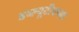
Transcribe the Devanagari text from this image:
डब्ल्यूटीएच्या